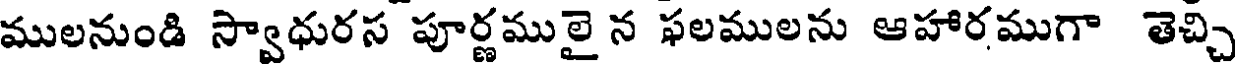
ములనుండి స్వాధురస పూర్ణములై న ఫలములను ఆహారముగా తెచ్చి